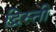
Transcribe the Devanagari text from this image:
द्रिस्ती